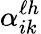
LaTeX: \alpha_{ik}^{\ell h}